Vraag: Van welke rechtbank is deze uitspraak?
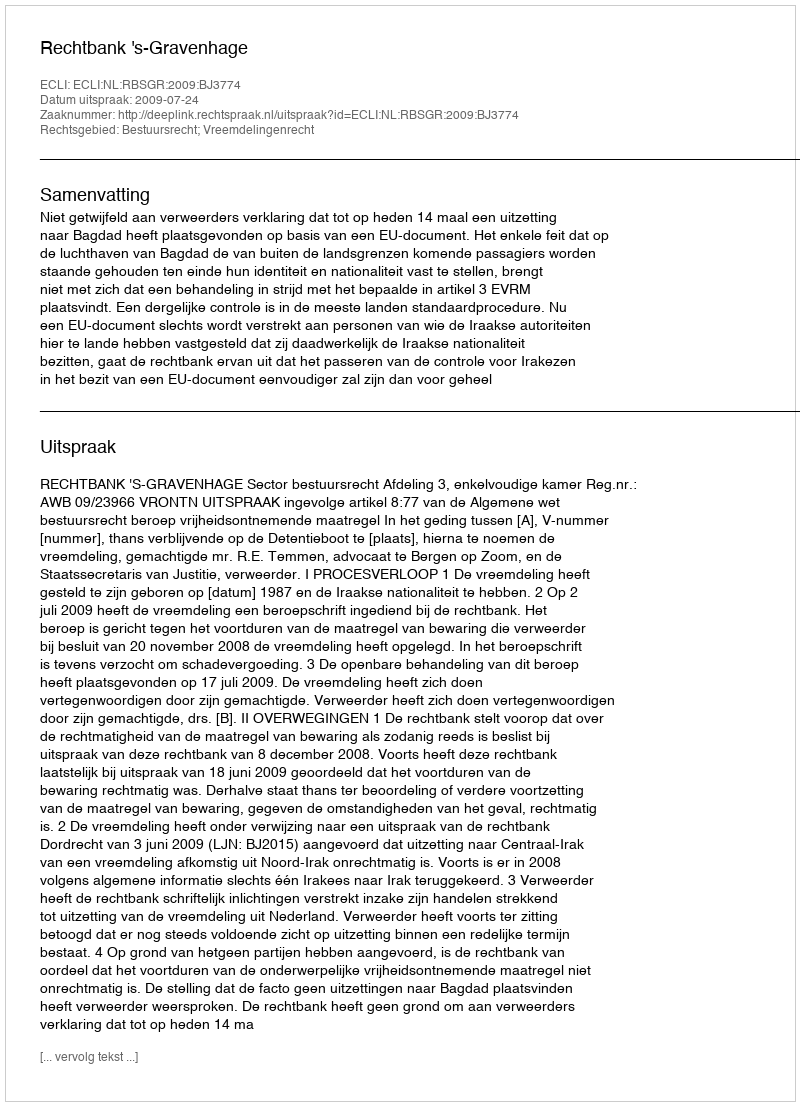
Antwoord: Rechtbank 's-Gravenhage